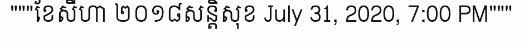
"""ខែសីហា ២០១៨សន្តិសុខ July 31, 2020, 7:00 PM"""